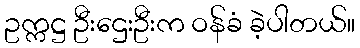
ဥက္ကဋ္ဌ ဦးဌေးဦးက ဝန်ခံ ခဲ့ပါတယ်။